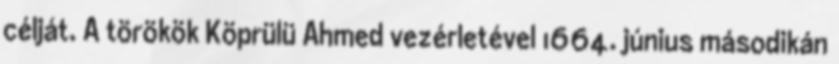
célját. A törökök Köprülü Ahmed vezérletével 1664. június másodikán